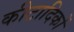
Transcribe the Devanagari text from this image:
कीटादिकों